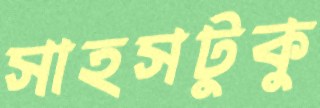
সাহসটুকু